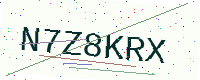
Text: N7Z8KRX